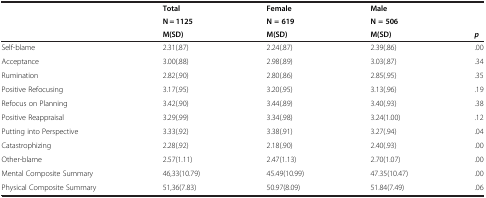
<table><thead><tr><td rowspan="2"></td><td><b>Total</b></td><td><b>Female</b></td><td><b>Male</b></td><td rowspan="2"></td></tr><tr><td><b>N = 1125</b></td><td><b>N = 619</b></td><td><b>N = 506</b></td></tr><tr><td></td><td><b>M(SD)</b></td><td><b>M(SD)</b></td><td><b>M(SD)</b></td><td><b><i>p</i></b></td></tr></thead><tbody><tr><td>Self-blame</td><td>2.31(.87)</td><td>2.24(.87)</td><td>2.39(.86)</td><td>.00</td></tr><tr><td>Acceptance</td><td>3.00(.88)</td><td>2.98(.89)</td><td>3.03(.87)</td><td>.34</td></tr><tr><td>Rumination</td><td>2.82(.90)</td><td>2.80(.86)</td><td>2.85(.95)</td><td>.35</td></tr><tr><td>Positive Refocusing</td><td>3.17(.95)</td><td>3.20(.95)</td><td>3.13(.96)</td><td>.19</td></tr><tr><td>Refocus on Planning</td><td>3.42(.90)</td><td>3.44(.89)</td><td>3.40(.93)</td><td>.38</td></tr><tr><td>Positive Reappraisal</td><td>3.29(.99)</td><td>3.34(.98)</td><td>3.24(1.00)</td><td>.12</td></tr><tr><td>Putting into Perspective</td><td>3.33(.92)</td><td>3.38(.91)</td><td>3.27(.94)</td><td>.04</td></tr><tr><td>Catastrophizing</td><td>2.28(.92)</td><td>2.18(.90)</td><td>2.40(.93)</td><td>.00</td></tr><tr><td>Other-blame</td><td>2.57(1.11)</td><td>2.47(1.13)</td><td>2.70(1.07)</td><td>.00</td></tr><tr><td>Mental Composite Summary</td><td>46,33(10.79)</td><td>45.49(10.99)</td><td>47.35(10.47)</td><td>.00</td></tr><tr><td>Physical Composite Summary</td><td>51,36(7.83)</td><td>50.97(8.09)</td><td>51.84(7.49)</td><td>.06</td></tr></tbody></table>